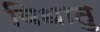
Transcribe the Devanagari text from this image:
विधातु